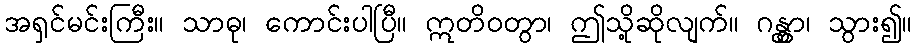
အရှင်မင်းကြီး။ သာဓု၊ ကောင်းပါပြီ။ ဣတိဝတွာ၊ ဤသို့ဆိုလျက်။ ဂန္တွာ၊ သွား၍။